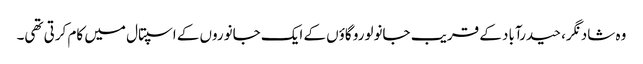
وہ شاد نگر، حیدرآباد کے قریب جانولورو گاؤں کے ایک جانوروں کے اسپتال میں کام کرتی تھی۔